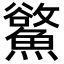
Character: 𩻇